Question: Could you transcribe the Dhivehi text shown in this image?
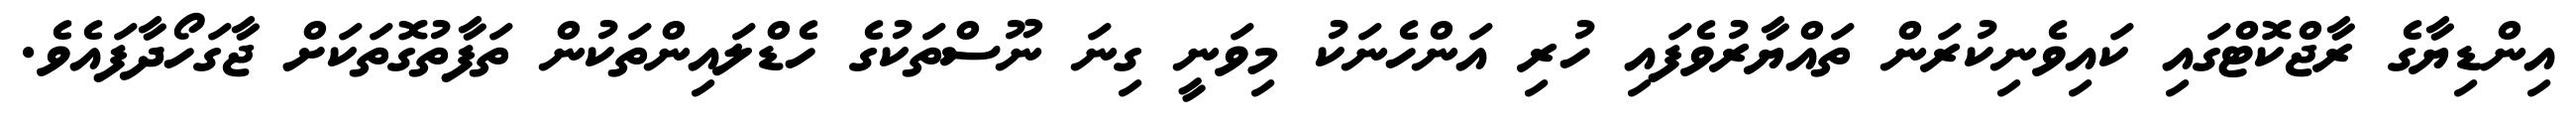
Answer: އިންޑިޔާގެ ރާޖްކޮޓްގައި ކައިވެނިކުރަން ތައްޔާރުވެފައި ހުރި އަންހެނަކު މިވަނީ ގިނަ ނޫސްތަކުގެ ހެޑްލައިންތަކުން ތަފާތުގޮތަކަށް ޖާގަހޯދާފައެވެ.